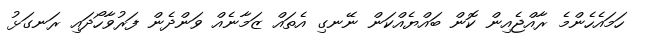
ހަމައެހެންމެ ރާއްޖެއިން ކޮން ބައްޔެއްކަން ނޭނގި އެތައް ޒަމާނެއް ވަންދެން ފަރުވާހޯދައި ރަނގަޅު